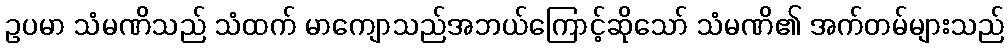
ဥပမာ သံမဏိသည် သံထက် မာကျောသည်အဘယ်ကြောင့်ဆိုသော် သံမဏိ၏ အက်တမ်များသည်